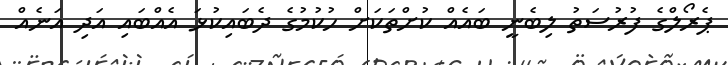
ޕެރޯލްގެ ފުރުސަތު ލިބެނީ ބައެއް ކުށްތަކަށް ހުކުމުގެ ދެބައިކުޅަ އެއްބައި އަދި އަނެއް